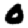
Digit: 0